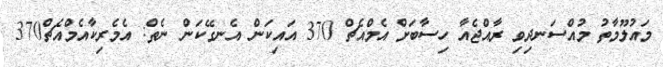
މައުލޫމާތު މުއްސަނދިވި ރާއްޖެއާ ހިސާބަށް އެމްއެޗް 370 އައިކަން އެނގޭކަން ނެތް: އެމެރިކާއެމްއެޗް370